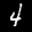
Label: 4